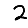
Digit: 2